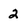
Character: 2